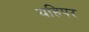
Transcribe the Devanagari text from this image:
यहिपर